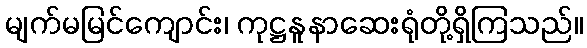
မျက်မမြင်ကျောင်း၊ ကုဋ္ဌနူနာဆေးရုံတို့ရှိကြသည်။